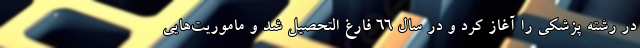
در رشته پزشکی را آغاز کرد و در سال ۶۶ فارغ التحصیل شد و ماموریت‌هایی